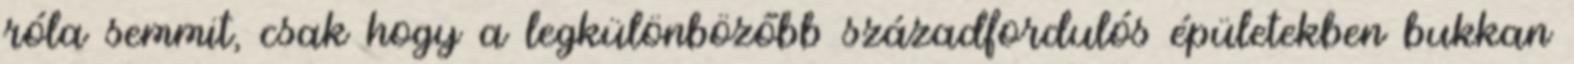
róla semmit, csak hogy a legkülönbözőbb századfordulós épületekben bukkan